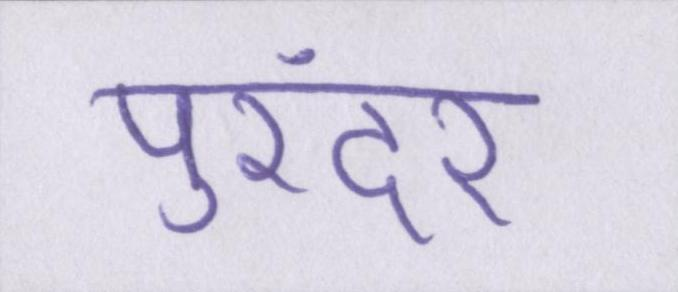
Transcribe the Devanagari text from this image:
पुरंदर